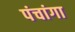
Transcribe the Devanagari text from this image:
पंचांगा